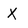
Character: X